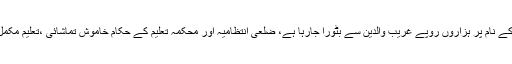
سالانہ فیس رسید میں نامعلوم کے نام پر ہزاروں روپے غریب والدین سے بٹورا جارہا ہے، ضلعی انتظامیہ اور محکمہ تعلیم کے حکام خاموش تماشائی ،تعلیم مکمل طور پر کاروبار بن چکا ہے۔